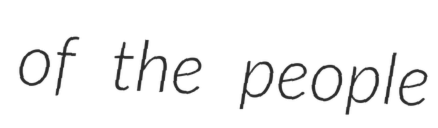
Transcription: of the people